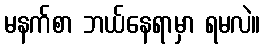
မနက်စာ ဘယ်နေရာမှာ ရမလဲ။